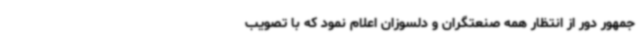
جمهور دور از انتظار همه صنعتگران و دلسوزان اعلام نمود که با تصویب